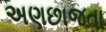
અણછાજતા